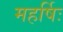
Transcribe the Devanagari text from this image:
महर्षिः